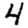
Digit: 4